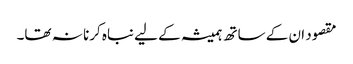
مقصود ان کے ساتھ ہمیشہ کے لیے نباہ کرنا نہ تھا۔